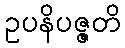
ဥပနိပဇ္ဇတိ